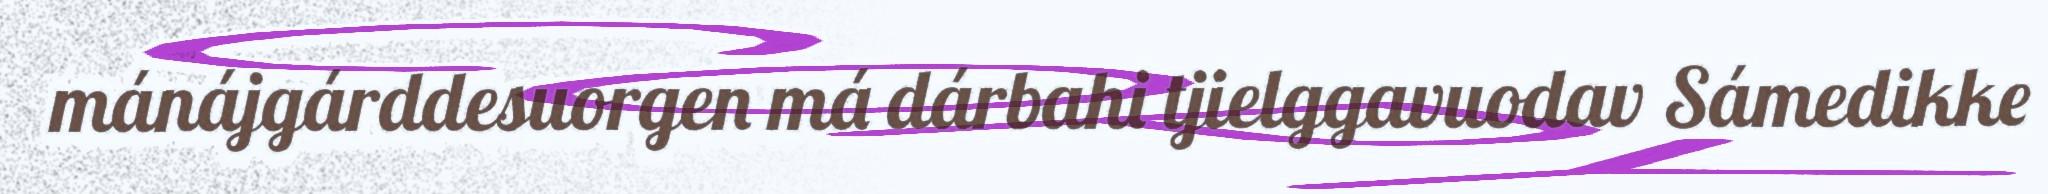
mánájgárddesuorgen má dárbahi tjielggavuodav Sámedikke